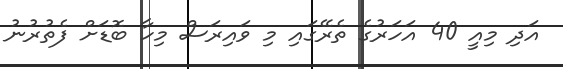
އަދި މިއީ 40 އަހަރުގެ ތެރޭގައި މި ވައިރަސް މިހާ ބޮޑަށް ފެތުރުނު